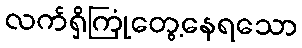
လက်ရှိကြုံတွေ့နေရသော